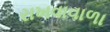
રાખવાવાળા